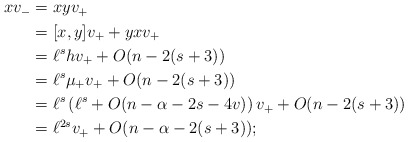
\begin{align*}\begin{aligned}xv_{-} & = xyv_{+} \\ & =[x,y]v_{+}+yxv_{+} \\ & =\ell^s hv_{+}+O(n-2(s+3)) \\ & =\ell^s \mu_{+}v_{+} + O(n-2(s+3)) \\ & =\ell^s \left( \ell^s+O(n-\alpha-2s-4v) \right) v_{+} + O(n-2(s+3)) \\ & =\ell^{2s}v_{+} + O(n-\alpha-2(s+3));\end{aligned}\end{align*}